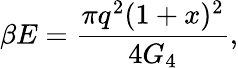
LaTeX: \beta E=\frac{\pi q^{2}(1+x)^{2}}{4G_{4}},